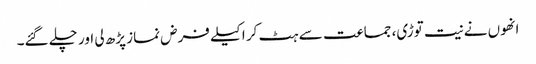
انھوں نے نیت توڑی، جماعت سے ہٹ کر اکیلے فرض نماز پڑھ لی اور چلے گئے۔